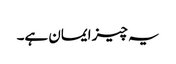
یہ چیز ایمان ہے۔